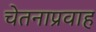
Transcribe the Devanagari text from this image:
चेतनाप्रवाह